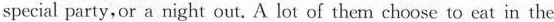
special party,or a night out. A lot of them choose to eat in the